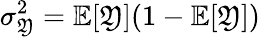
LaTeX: \sigma_{\mathfrak{Y}}^{2}=\mathbb{{E}}[\mathfrak{Y}](1-\mathbb{{E}}[\mathfrak{Y}])